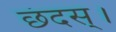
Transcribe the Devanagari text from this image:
छंदस्।